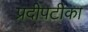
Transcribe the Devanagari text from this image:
प्रदीपटीका